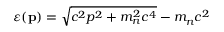
\varepsilon ( \mathbf { p } ) = \sqrt { c ^ { 2 } p ^ { 2 } + m _ { n } ^ { 2 } c ^ { 4 } } - m _ { n } c ^ { 2 }